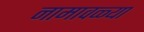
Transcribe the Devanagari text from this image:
नामावळ्या